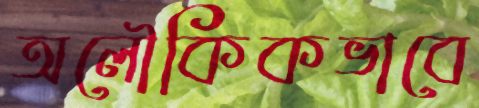
অলৌকিকভাবে